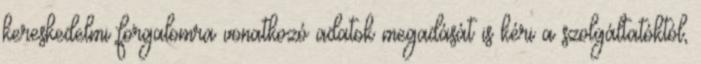
kereskedelmi forgalomra vonatkozó adatok megadását is kéri a szolgáltatóktól,